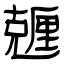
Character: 兣